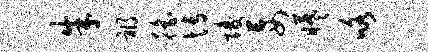
朱祸徭博陵妄曦咯